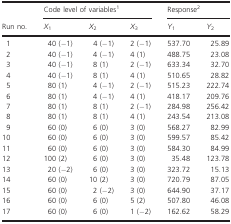
<table><thead><tr><td></td><td colspan="3"><b>Code level of variables1</b></td><td colspan="2"><b>Response2</b></td></tr><tr><td><b>Run no.</b></td><td><b><i>X</i><sub>1</sub></b></td><td><b><i>X</i><sub>2</sub></b></td><td><b><i>X</i><sub>3</sub></b></td><td><b><i>Y</i><sub>1</sub></b></td><td><b><i>Y</i><sub>2</sub></b></td></tr></thead><tbody><tr><td>1</td><td>40 (−1)</td><td>4 (−1)</td><td>2 (−1)</td><td>537.70</td><td>25.89</td></tr><tr><td>2</td><td>40 (−1)</td><td>4 (−1)</td><td>4 (1)</td><td>488.75</td><td>23.08</td></tr><tr><td>3</td><td>40 (−1)</td><td>8 (1)</td><td>2 (−1)</td><td>633.34</td><td>32.70</td></tr><tr><td>4</td><td>40 (−1)</td><td>8 (1)</td><td>4 (1)</td><td>510.65</td><td>28.82</td></tr><tr><td>5</td><td>80 (1)</td><td>4 (−1)</td><td>2 (−1)</td><td>515.23</td><td>222.74</td></tr><tr><td>6</td><td>80 (1)</td><td>4 (−1)</td><td>4 (1)</td><td>418.17</td><td>209.76</td></tr><tr><td>7</td><td>80 (1)</td><td>8 (1)</td><td>2 (−1)</td><td>284.98</td><td>256.42</td></tr><tr><td>8</td><td>80 (1)</td><td>8 (1)</td><td>4 (1)</td><td>243.54</td><td>213.08</td></tr><tr><td>9</td><td>60 (0)</td><td>6 (0)</td><td>3 (0)</td><td>568.27</td><td>82.99</td></tr><tr><td>10</td><td>60 (0)</td><td>6 (0)</td><td>3 (0)</td><td>599.57</td><td>85.42</td></tr><tr><td>11</td><td>60 (0)</td><td>6 (0)</td><td>3 (0)</td><td>584.30</td><td>84.99</td></tr><tr><td>12</td><td>100 (2)</td><td>6 (0)</td><td>3 (0)</td><td>35.48</td><td>123.78</td></tr><tr><td>13</td><td>20 (−2)</td><td>6 (0)</td><td>3 (0)</td><td>323.72</td><td>15.13</td></tr><tr><td>14</td><td>60 (0)</td><td>10 (2)</td><td>3 (0)</td><td>720.79</td><td>87.05</td></tr><tr><td>15</td><td>60 (0)</td><td>2 (−2)</td><td>3 (0)</td><td>644.90</td><td>37.17</td></tr><tr><td>16</td><td>60 (0)</td><td>6 (0)</td><td>5 (2)</td><td>507.80</td><td>46.08</td></tr><tr><td>17</td><td>60 (0)</td><td>6 (0)</td><td>1 (−2)</td><td>162.62</td><td>58.29</td></tr></tbody></table>